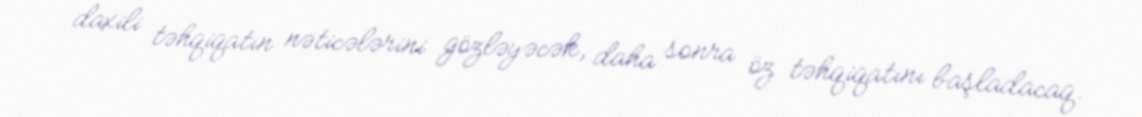
daxili təhqiqatın nəticələrini gözləyəcək, daha sonra öz təhqiqatını başladacaq.